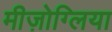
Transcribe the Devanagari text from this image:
मीज़ोग्लिया